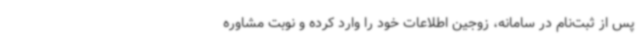
پس از ثبت‌نام در سامانه، زوجین اطلاعات خود را وارد کرده و نوبت مشاوره